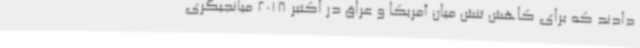
دادند که برای کاهش تنش میان آمریکا و عراق در اکتبر 2018 میانجیگری